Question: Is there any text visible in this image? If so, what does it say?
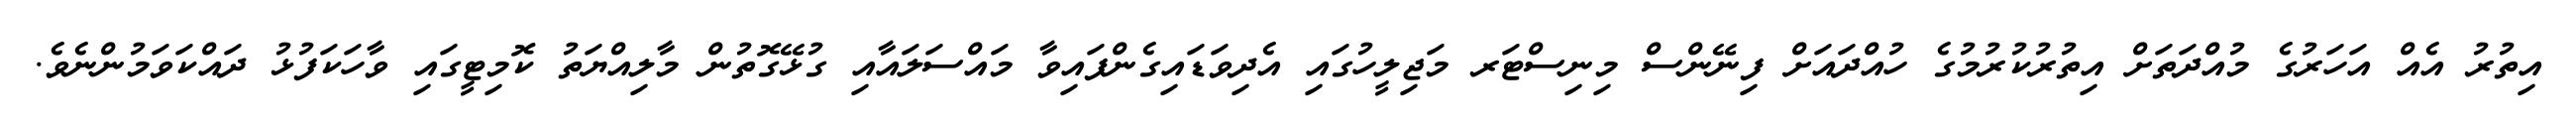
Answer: އިތުރު އެއް އަހަރުގެ މުއްދަތަށް އިތުރުކުރުމުގެ ހުއްދައަށް ފިނޭންސް މިނިސްޓަރ މަޖިލީހުގައި އެދިވަޑައިގެންފައިވާ މައްސަލައާއި ގުޅޭގޮތުން މާލިއްޔަތު ކޮމިޓީގައި ވާހަކަފުޅު ދައްކަވަމުންނެވެ.